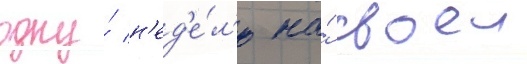
одну́ н'ед'е́л'ю на́ своеи